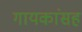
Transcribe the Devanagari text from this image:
गायकांसह